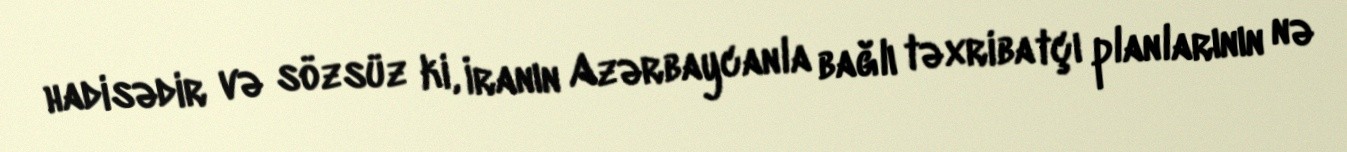
hadisədir və sözsüz ki, İranın Azərbaycanla bağlı təxribatçı planlarının nə